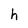
Character: h